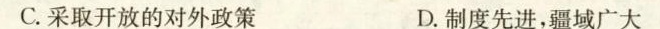
C.采取开放的对外政策 D.制度先进，疆域广大